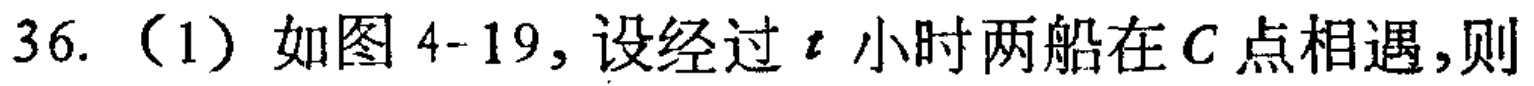
36.（1）如图4-19，设经过\(t\)小时两船在\(C\)点相遇，则